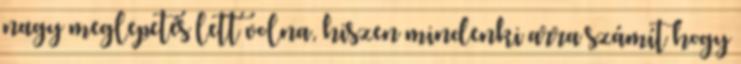
nagy meglepetés lett volna, hiszen mindenki arra számít hogy